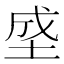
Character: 𰉯